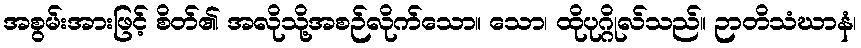
အစွမ်းအားဖြင့် စိတ်၏ အလိုသို့အစဉ်လိုက်သော။ သော၊ ထိုပုဂ္ဂိုလ်သည်။ ဉာတိသံဃာနံ၊